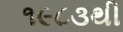
૧૯૮૩થી